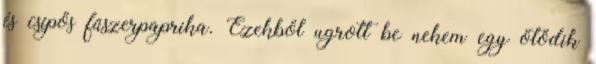
és csípős fűszerpaprika. Ezekből ugrott be nekem egy ötödik